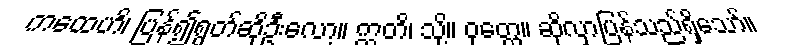
ကထေဟိ၊ ပြန်၍ရွတ်ဆိုဦးလော့။ ဣတိ၊ သို့။ ဝုတ္တေ။ ဆိုလှာပြန်သည်ရှိသော်။